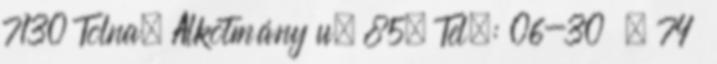
7130 Tolna, Alkotmány u. 85. Tel.: 06-30 , 74